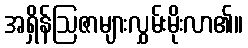
အရှိန်ဩဇာများလွှမ်းမိုးလာ၏။